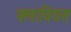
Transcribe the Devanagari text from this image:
फ्लावियस